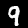
Digit: 9